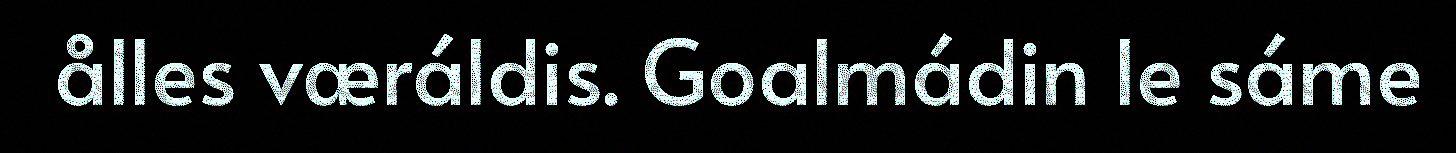
ålles væráldis. Goalmádin le sáme